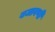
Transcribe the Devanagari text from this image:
बजावणी